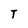
Character: T